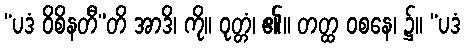
“ပဒံ ဝိစိနတီ”တိ အာဒိ၊ ကို။ ဝုတ္တံ၊ ၏။ တတ္ထ ဝစနေ၊ ၌။ “ပဒံ